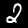
Label: 2